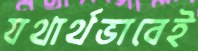
যথার্থভাবেই